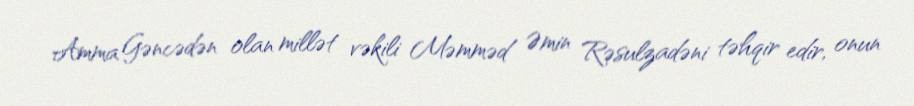
Amma Gəncədən olan millət vəkili Məmməd Əmin Rəsulzadəni təhqir edir, onun